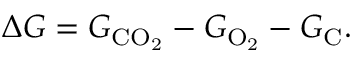
\Delta G = G _ { \mathrm { C O _ { 2 } } } - G _ { \mathrm { O _ { 2 } } } - G _ { \mathrm { C } } .